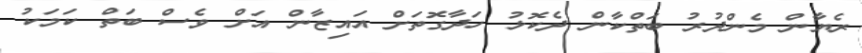
ރެޔާން މެންދުރު ބަތްކާން ދެކޮޅު ހަދާގޮތަށް އައިޒާން އަށް ވެސް ބަތް ކަމަކު